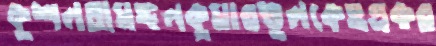
কুশলতামঙ্গলকুমারভুলকেওএকর